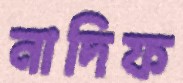
নাদিফ